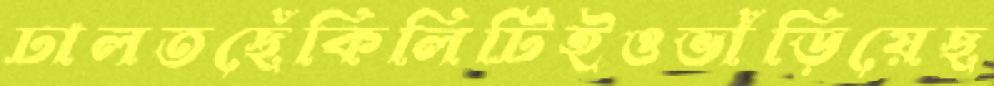
ঢালতছেঁকিলিটিইওভাঁড়িয়েছ